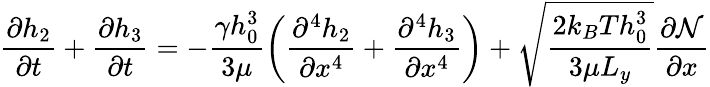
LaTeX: \frac{\partial h_{2}}{\partial t}+\frac{\partial h_{3}}{\partial t}=-\frac{\gamma h_{0}^{3}}{3\mu}\left(\frac{\partial^{4}h_{2}}{\partial x^{4}}+\frac{\partial^{4}h_{3}}{\partial x^{4}}\right)+\sqrt{\frac{2k_{B}Th_{0}^{3}}{3\mu L_{y}}}\frac{\partial\mathcal{N}}{\partial x}